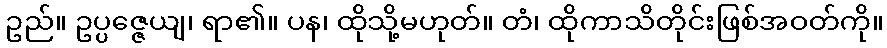
ဥည်။ ဥပ္ပဇ္ဇေယျ၊ ရာ၏။ ပန၊ ထိုသို့မဟုတ်။ တံ၊ ထိုကာသိတိုင်းဖြစ်အဝတ်ကို။